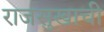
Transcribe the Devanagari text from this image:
राजसुखाची